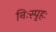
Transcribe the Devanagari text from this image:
निःस्पृहः